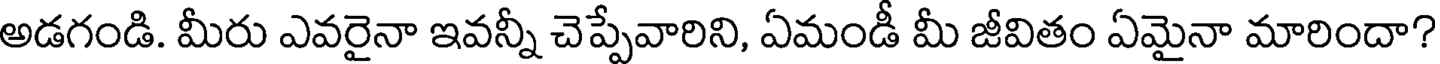
అడగండి. మీరు ఎవరైనా ఇవన్నీ చెప్పేవారిని, ఏమండీ మీ జీవితం ఏమైనా మారిందా?